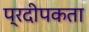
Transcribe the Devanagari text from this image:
प्रदीपकता